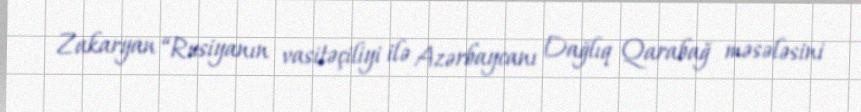
Zakaryan “Rusiyanın vasitəçiliyi ilə Azərbaycanı Dağlıq Qarabağ məsələsini